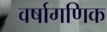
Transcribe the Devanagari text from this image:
वर्षागणिक